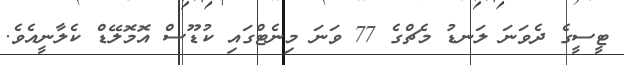
ޓީސީގެ ދެވަނަ ލަނޑު މެޗްގެ 77 ވަނަ މިނެޓްގައި ކުޑޫސް އޮމޮލޭޑް ކެލާނީއެވެ.